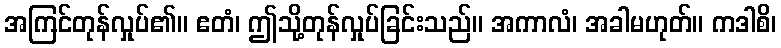
အကြင်တုန်လှုပ်၏။ ဧတံ၊ ဤသို့တုန်လှုပ်ခြင်းသည်။ အကာလံ၊ အခါမဟုတ်။ ကဒါစိ၊